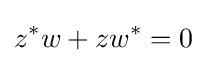
z^{*}w+zw^{*}=0